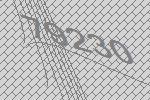
79230